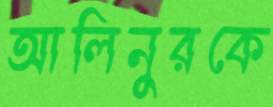
আলিনুরকে